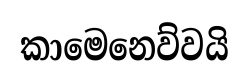
කාමෙනෙව්වයි